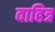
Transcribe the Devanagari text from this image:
वाहित्र